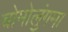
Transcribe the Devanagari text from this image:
चोमोलुंगमा